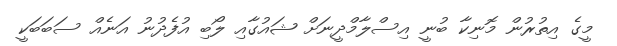
މީގެ އިތުރުން މޮނިކާ ބުނީ އިސްލާމްދީނަށް ޝައުގާއި ލޯބި އުފެދުނު އަނެއް ސަބަބަކީ